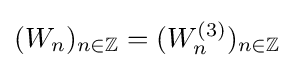
(W_{n})_{n\in \mathbb {Z} }=(W_{n}^{(3)})_{n\in \mathbb {Z} }